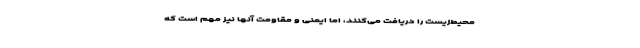
محیط‌زیست را دریافت می‌کنند، اما ایمنی و مقاومت آنها نیز مهم است که